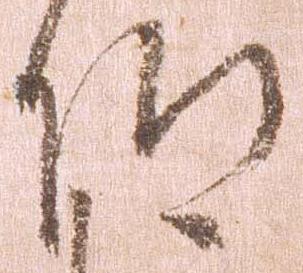
仰